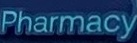
Pharmacy